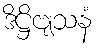
ဒိဋ္ဌိဗျသနံ